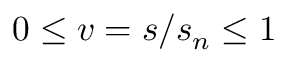
0 \leq v = s / s _ { n } \leq 1